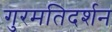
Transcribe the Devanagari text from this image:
गुरमतिदर्शन